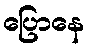
ပြောနေ